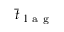
{ { \bar { t } } _ { \mathrm { ~ l ~ a ~ g ~ } } }